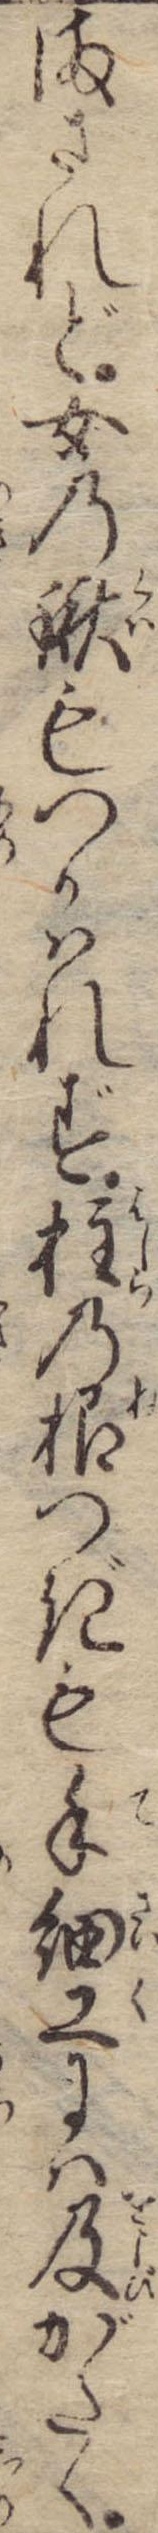
まされど女の鍬もつかはれず柱の根つぎも手細工には及がたく